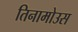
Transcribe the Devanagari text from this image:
तिनामोउस